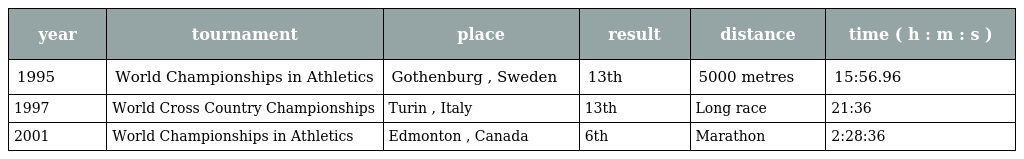
| year | tournament | place | result | distance | time ( h : m : s ) |
 | --- | --- | --- | --- | --- | --- |
 | 1995 | World Championships in Athletics | Gothenburg , Sweden | 13th | 5000 metres | 15:56.96 |
 | 1997 | World Cross Country Championships | Turin , Italy | 13th | Long race | 21:36 |
 | 2001 | World Championships in Athletics | Edmonton , Canada | 6th | Marathon | 2:28:36 |